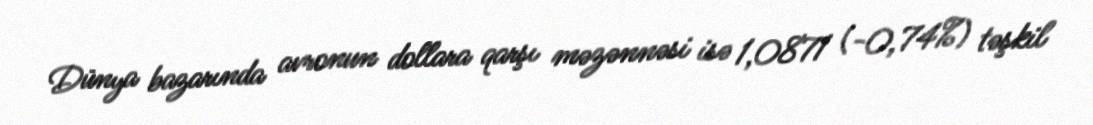
Dünya bazarında avronun dollara qarşı məzənnəsi isə 1,0871 (-0,74%) təşkil